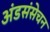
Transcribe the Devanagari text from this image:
अंडसंसेचन